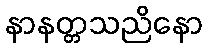
နာနတ္တသညိနော